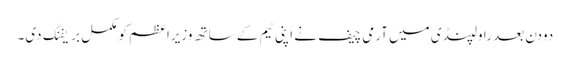
دودن بعد راولپنڈی میں آرمی چیف نے اپنی ٹیم کے ساتھ وزیراعظم کو مکمل بریفنگ دی۔